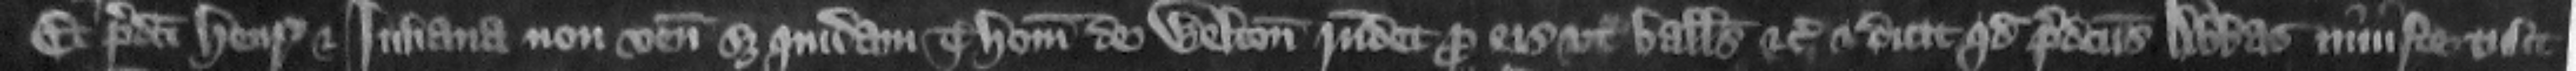
Et predicti Henricus et Iuliana non veniunt set quidam Thomas de Welton respondet pro eis vt balliuus etc. et dicit quod predictus abbas iniuste tulit